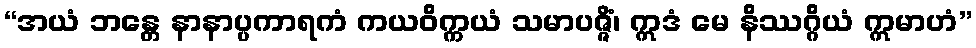
“အယံ ဘန္တေ နာနာပ္ပကာရကံ ကယဝိက္ကယံ သမာပဇ္ဇိံ၊ ဣဒံ မေ နိဿဂ္ဂိယံ ဣမာဟံ”